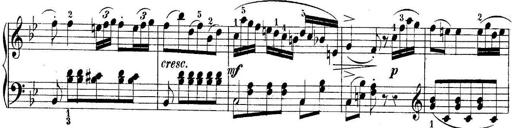
Title: 10 Sonatines progressives
Composer: Anton Schmoll